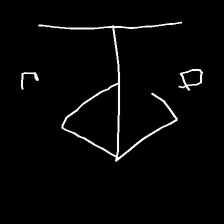
Glyph: earth